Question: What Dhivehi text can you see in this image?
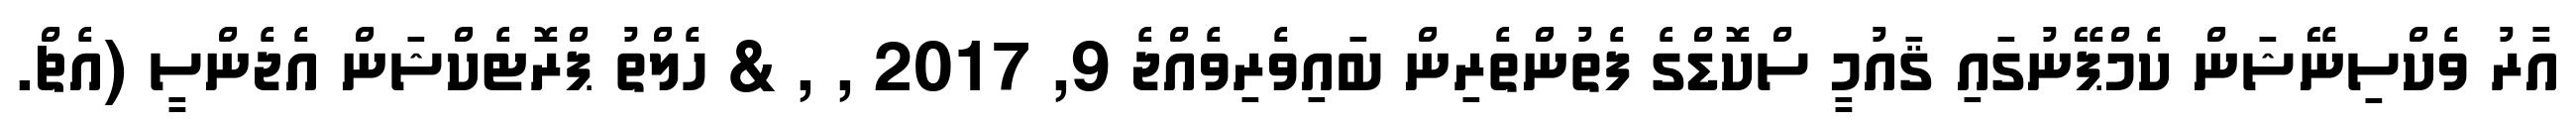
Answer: އާރު ވެކްސިނޭޝަން ކެމްޕޭނުގައި ޤައުމީ ސްކޮޑްގެ ފެތުންތެރިން ބައިވެރިވެއްޖެ 9, 2017 , , & ހެލްތު ޕްރޮޓެކްޝަން އެޖެންސީ (އެޗް.